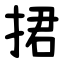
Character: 捃